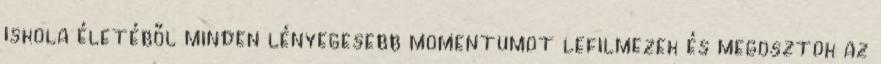
iskola életéből minden lényegesebb momentumot lefilmezek és megosztok az